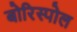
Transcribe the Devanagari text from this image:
बोरिस्पोल